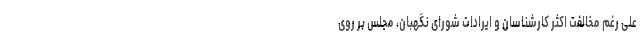
علی رغم مخالفت اکثر کارشناسان و ایرادات شورای نگهبان، مجلس بر روی